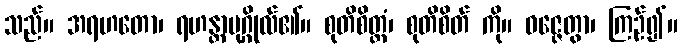
သည်။ အရဟတော၊ ရဟန္တာပုဂ္ဂိုလ်၏။ စုတိစိတ္တံ၊ စုတိစိတ် ကို။ ဝဇ္ဇေတွာ၊ ကြဉ်၍။